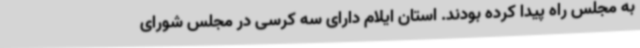
به مجلس راه پیدا کرده بودند. استان ایلام دارای سه کرسی در مجلس شورای